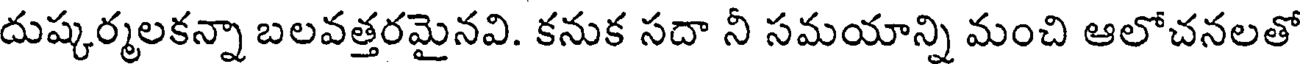
దుష్కర్మలకన్నా బలవత్తరమైనవి. కనుక సదా నీ సమయాన్ని మంచి ఆలోచనలతో